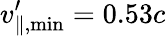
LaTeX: v_{\parallel,\mathrm{{min}}}^{\prime}=0.53c